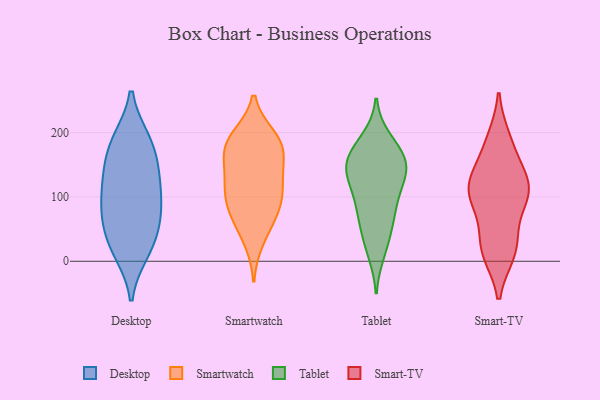
{"axis": {"x": "Churn Rate (%)", "y": "Value"}, "legend": ["Desktop", "Smart-TV", "Smartwatch", "Tablet"], "data": [{"x": "", "y": 88, "type": "Desktop"}, {"x": "", "y": 130, "type": "Desktop"}, {"x": "", "y": 22, "type": "Desktop"}, {"x": "", "y": 33, "type": "Desktop"}, {"x": "", "y": 75, "type": "Desktop"}, {"x": "", "y": 187, "type": "Desktop"}, {"x": "", "y": 16, "type": "Desktop"}, {"x": "", "y": 63, "type": "Desktop"}, {"x": "", "y": 187, "type": "Desktop"}, {"x": "", "y": 177, "type": "Desktop"}, {"x": "", "y": 137, "type": "Desktop"}, {"x": "", "y": 130, "type": "Desktop"}, {"x": "", "y": 89, "type": "Desktop"}, {"x": "", "y": 110, "type": "Smartwatch"}, {"x": "", "y": 150, "type": "Smartwatch"}, {"x": "", "y": 187, "type": "Smartwatch"}, {"x": "", "y": 63, "type": "Smartwatch"}, {"x": "", "y": 104, "type": "Smartwatch"}, {"x": "", "y": 134, "type": "Smartwatch"}, {"x": "", "y": 81, "type": "Smartwatch"}, {"x": "", "y": 184, "type": "Smartwatch"}, {"x": "", "y": 116, "type": "Smartwatch"}, {"x": "", "y": 170, "type": "Smartwatch"}, {"x": "", "y": 178, "type": "Smartwatch"}, {"x": "", "y": 78, "type": "Smartwatch"}, {"x": "", "y": 193, "type": "Smartwatch"}, {"x": "", "y": 33, "type": "Smartwatch"}, {"x": "", "y": 149, "type": "Tablet"}, {"x": "", "y": 73, "type": "Tablet"}, {"x": "", "y": 153, "type": "Tablet"}, {"x": "", "y": 98, "type": "Tablet"}, {"x": "", "y": 97, "type": "Tablet"}, {"x": "", "y": 181, "type": "Tablet"}, {"x": "", "y": 124, "type": "Tablet"}, {"x": "", "y": 135, "type": "Tablet"}, {"x": "", "y": 14, "type": "Tablet"}, {"x": "", "y": 27, "type": "Tablet"}, {"x": "", "y": 162, "type": "Tablet"}, {"x": "", "y": 54, "type": "Tablet"}, {"x": "", "y": 141, "type": "Tablet"}, {"x": "", "y": 189, "type": "Tablet"}, {"x": "", "y": 138, "type": "Tablet"}, {"x": "", "y": 167, "type": "Tablet"}, {"x": "", "y": 69, "type": "Tablet"}, {"x": "", "y": 116, "type": "Smart-TV"}, {"x": "", "y": 124, "type": "Smart-TV"}, {"x": "", "y": 104, "type": "Smart-TV"}, {"x": "", "y": 13, "type": "Smart-TV"}, {"x": "", "y": 139, "type": "Smart-TV"}, {"x": "", "y": 101, "type": "Smart-TV"}, {"x": "", "y": 35, "type": "Smart-TV"}, {"x": "", "y": 108, "type": "Smart-TV"}, {"x": "", "y": 101, "type": "Smart-TV"}, {"x": "", "y": 13, "type": "Smart-TV"}, {"x": "", "y": 159, "type": "Smart-TV"}, {"x": "", "y": 104, "type": "Smart-TV"}, {"x": "", "y": 188, "type": "Smart-TV"}, {"x": "", "y": 13, "type": "Smart-TV"}, {"x": "", "y": 47, "type": "Smart-TV"}, {"x": "", "y": 190, "type": "Smart-TV"}]}